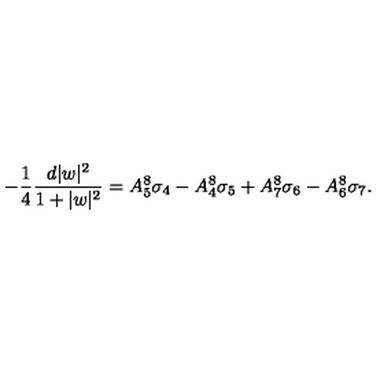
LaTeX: - { \frac { 1 } { 4 } } { \frac { d | w | ^ { 2 } } { 1 + | w | ^ { 2 } } } = A _ { 5 } ^ { 8 } \sigma _ { 4 } - A _ { 4 } ^ { 8 } \sigma _ { 5 } + A _ { 7 } ^ { 8 } \sigma _ { 6 } - A _ { 6 } ^ { 8 } \sigma _ { 7 } .